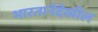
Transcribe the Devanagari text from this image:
भारतानेदेखील